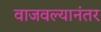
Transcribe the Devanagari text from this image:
वाजवल्यानंतर